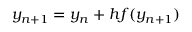
y _ { n + 1 } = y _ { n } + h f ( y _ { n + 1 } )